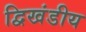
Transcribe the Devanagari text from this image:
द्विखंडीय